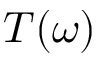
T ( \omega )